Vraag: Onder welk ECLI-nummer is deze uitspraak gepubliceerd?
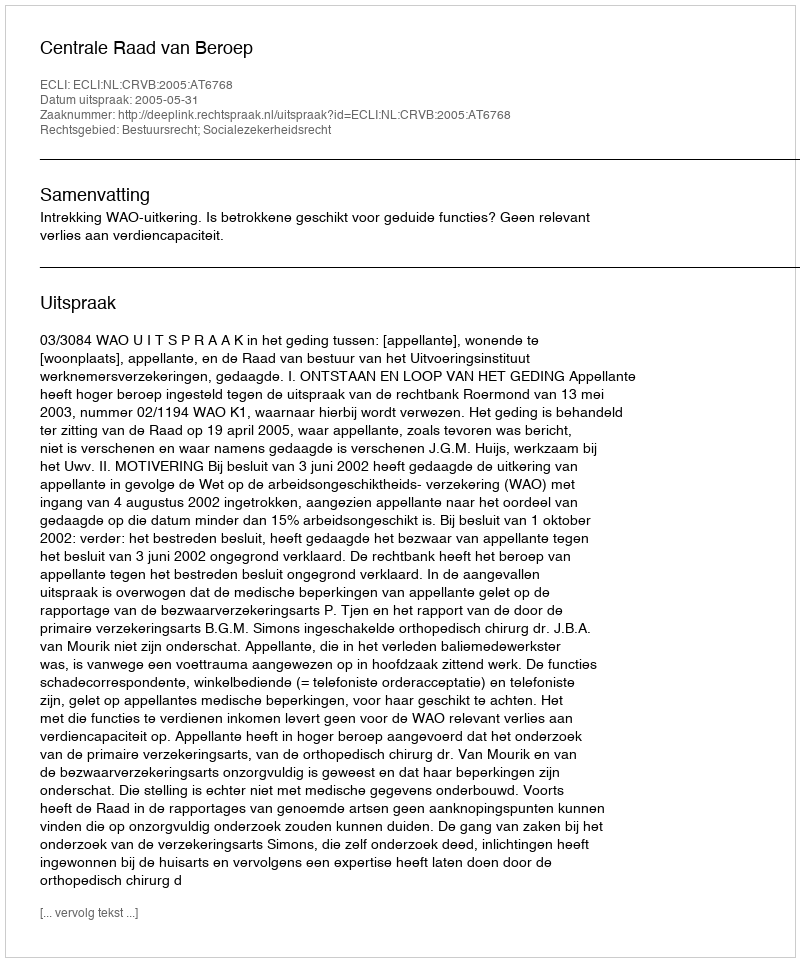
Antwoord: ECLI:NL:CRVB:2005:AT6768